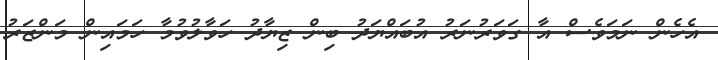
އެހެން ނަމަވެސް އާ ގަވަރުނަރު އުބައްޔަދު ބިން ޒިޔާދު ހަވާލުވުމާ ހަމައިން މަންޒަރު